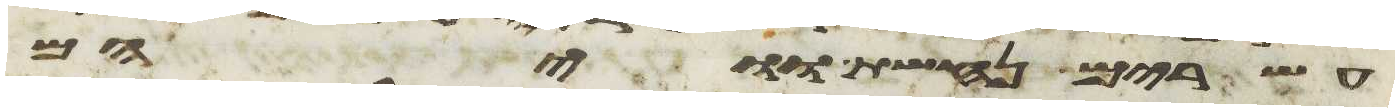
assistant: עשרים נחשת וויהם